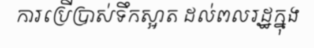
ការប្រើប្រាស់ទឹកស្អាត ដល់ពលរដ្ឋក្នុង